Annual vaccination report of Bihar and Orissa - 1911-1928
Year: 1911
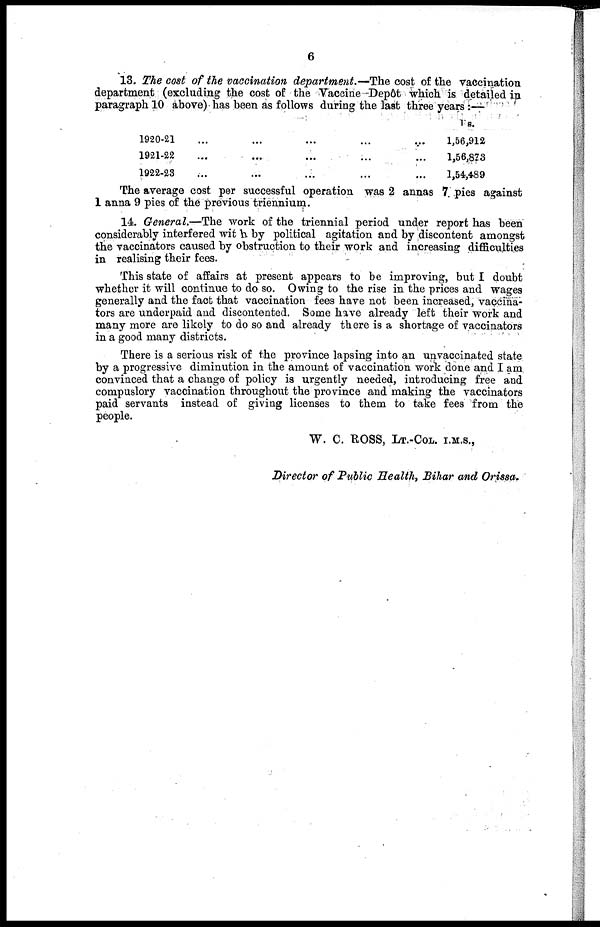
6
13. The cost of the vaccination department.—The cost of the vaccination
department (excluding the cost of the Vaccine Depôt which is detailed in
paragraph 10 above) has been as follows during the last three years .—
1920-21 ... ... ... ... ...
1921-22
...
...
...
...
...
1922-23 ... ... ... ... ...
Rs.
1,56,912
1,56,873
1,54,489
The average cost per successful operation was 2 annas 7 pies against
1 anna 9 pies of the previous triennium.
14. General.—The work of the triennial period under report has been
considerably interfered with by political agitation and by discontent amongst
the vaccinators caused by obstruction to their work and increasing difficulties
in realising their fees.
This state of affairs at present appears to be improving, but I doubt
whether it will continue to do so. Owing to the rise in the prices and wages
generally and the fact that vaccination fees have not been increased, vaccina-
tors are underpaid and discontented. Some have already left their work and
many more are likely to do so and already there is a shortage of vaccinators
in a good many districts.
There is a serious risk of the province lapsing into an unvaccinated state
by a progressive diminution in the amount of vaccination work done and I am
convinced that a change of policy is urgently needed, introducing free and
compuslory vaccination throughout the province and making the vaccinators
paid servants instead of giving licenses to them to take fees from the
people.
W. C. ROSS, LT.-COL. I.M.S.,
Director of Public Health, Bihar and Orissa.